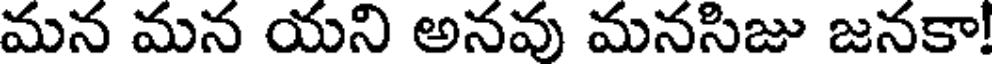
మన మన యని అనవు మనసిజు జనకా!